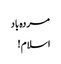
مردہ باد
اسلام !